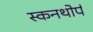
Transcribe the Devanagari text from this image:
स्कनथोर्प